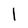
Character: 1